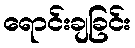
ရောင်းချခြင်း